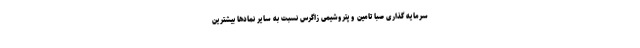
سرمایه گذاری صبا تامین و پتروشیمی زاگرس نسبت به سایر نمادها بیشترین